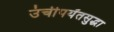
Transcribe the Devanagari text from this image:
उंचीपर्यंतसुद्धा